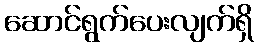
ဆောင်ရွက်ပေးလျက်ရှိ